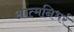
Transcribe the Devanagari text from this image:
आत्मनिभर्र